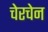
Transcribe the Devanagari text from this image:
चेरचेन